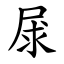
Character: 㞗